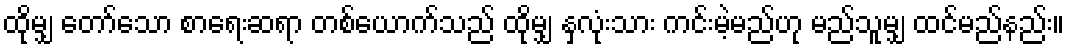
ထိုမျှ တော်သော စာရေးဆရာ တစ်ယောက်သည် ထိုမျှ နှလုံးသား ကင်းမဲ့မည်ဟု မည်သူမျှ ထင်မည်နည်း။